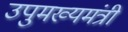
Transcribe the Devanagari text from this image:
उपुमख्यमंत्री